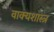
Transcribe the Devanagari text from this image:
वाक्यशास्त्र